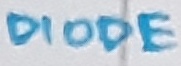
Text: DIODE